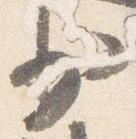
少